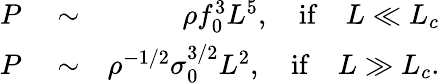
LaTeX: \begin{array}{rlr}{P}&{{}\sim}&{\rho f_{0}^{3}L^{5},\quad\mathrm{if}\quad L\ll L_{c}}\\ {P}&{{}\sim}&{\rho^{-1/2}\sigma_{0}^{3/2}L^{2},\quad\mathrm{if}\quad L\gg L_{c}.}\end{array}